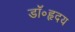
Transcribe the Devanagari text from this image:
डॉ॰हृदय